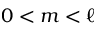
0 < m < \ell